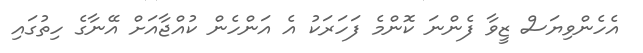
އެހެންވިޔަސް ޒީވާ ފެންނަ ކޮންމެ ފަހަރަކު އެ އަންހެން ކުއްޖާއަށް އޭނާގެ ހިތުގައި